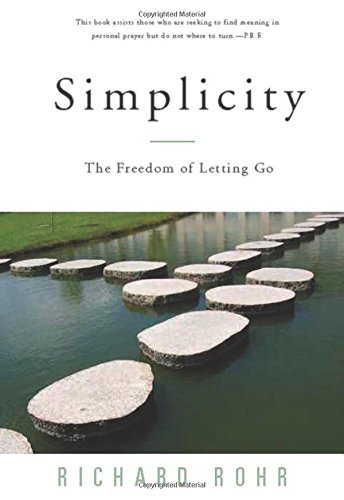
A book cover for Simplicity: The Freedom of Letting Go; Richard Rohr; Christian Books & Bibles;